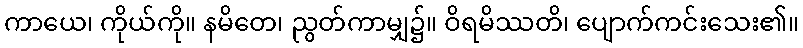
ကာယေ၊ ကိုယ်ကို။ နမိတေ၊ ညွတ်ကာမျှ၌။ ဝိရမိဿတိ၊ ပျောက်ကင်းသေး၏။